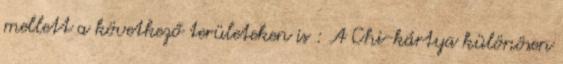
mellett a következő területeken is : A Chi-kártya különösen